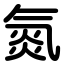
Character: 氮